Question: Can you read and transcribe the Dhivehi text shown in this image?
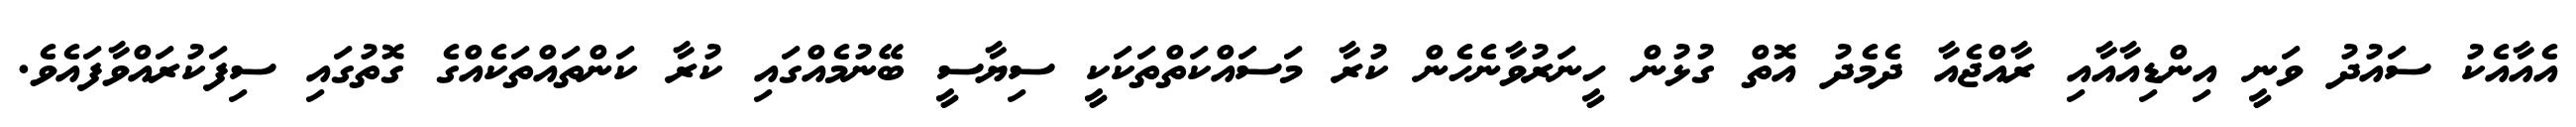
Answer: އެއާއެކު ސައުދު ވަނީ އިންޑިއާއާއި ރާއްޖެއާ ދެމެދު އޮތް ގުޅުން ހީނަރުވާނެހެން ކުރާ މަސައްކަތްތަކަކީ ސިޔާސީ ބޭނުމެއްގައި ކުރާ ކަންތައްތަކެއްގެ ގޮތުގައި ސިފަކުރައްވާފައެވެ.